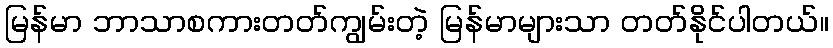
မြန်မာ ဘာသာစကားတတ်ကျွမ်းတဲ့ မြန်မာများသာ တတ်နိုင်ပါတယ်။